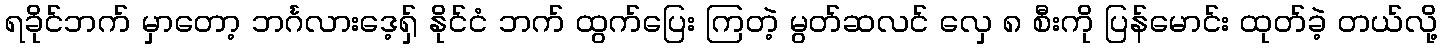
ရခိုင်ဘက် မှာတော့ ဘင်္ဂလားဒေ့ရှ် နိုင်ငံ ဘက် ထွက်ပြေး ကြတဲ့ မွတ်ဆလင် လှေ ၈ စီးကို ပြန်မောင်း ထုတ်ခဲ့ တယ်လို့